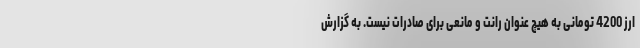
ارز 4200 تومانی به هیچ عنوان رانت و مانعی برای صادرات نیست. به گزارش